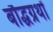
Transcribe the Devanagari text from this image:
बौद्धग्रथों